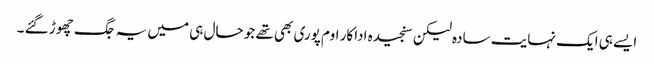
ایسے ہی ایک نہایت سادہ لیکن سنجیدہ اداکار اوم پوری بھی تھے جو حال ہی میں یہ جگ چھوڑ گئے ۔